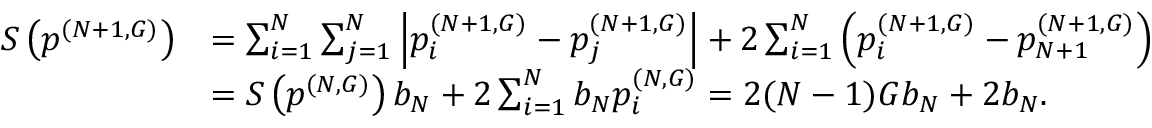
\begin{array} { r l } { S \left( \boldsymbol { p } ^ { ( N + 1 , G ) } \right) } & { = \sum _ { i = 1 } ^ { N } \sum _ { j = 1 } ^ { N } \left| p _ { i } ^ { ( N + 1 , G ) } - p _ { j } ^ { ( N + 1 , G ) } \right| + 2 \sum _ { i = 1 } ^ { N } \left( p _ { i } ^ { ( N + 1 , G ) } - p _ { N + 1 } ^ { ( N + 1 , G ) } \right) } \\ & { = S \left( \boldsymbol { p } ^ { ( N , G ) } \right) b _ { N } + 2 \sum _ { i = 1 } ^ { N } b _ { N } p _ { i } ^ { ( N , G ) } = 2 ( N - 1 ) G b _ { N } + 2 b _ { N } . } \end{array}